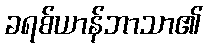
ခရစ်ယာန်ဘာသာ၏